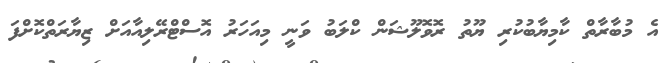
އެ މުބާރާތް ކާމިޔާބުކުރި ޔޫތު ރޮވޮލޫޝަން ކްލަބު ވަނީ މިއަހަރު އޮސްޓްރޭލިއާއަށް ޒިޔާރަތްކޮށްފަ